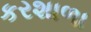
કરશાળા